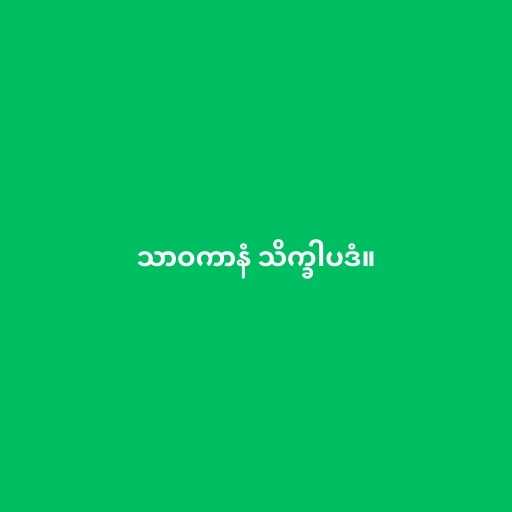
သာဝကာနံ သိက္ခါပဒံ။